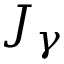
J _ { \gamma }